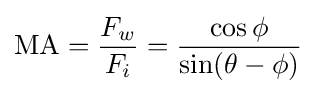
\mathrm {MA} ={\frac {F_{w}}{F_{i}}}={\frac {\cos \phi }{\sin(\theta -\phi )}}